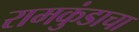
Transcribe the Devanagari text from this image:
रामकुंडाचा